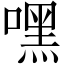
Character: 嘿